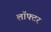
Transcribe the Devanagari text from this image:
लॉफ्टर